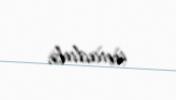
unudub.